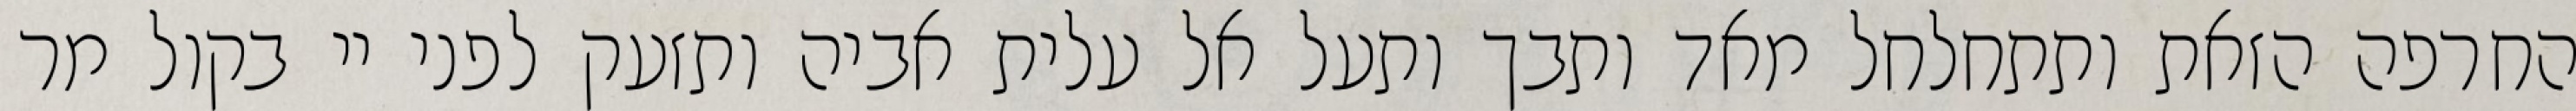
החרפה הזאת ותתחלחל מאד ותבך ותעל אל עלית אביה ותזעק לפני יי בקול מר